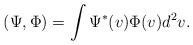
LaTeX: \begin{align*}(\Psi, \Phi) = \int \Psi^*(v) \Phi(v) d^2 v. \end{align*}